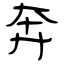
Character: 奔